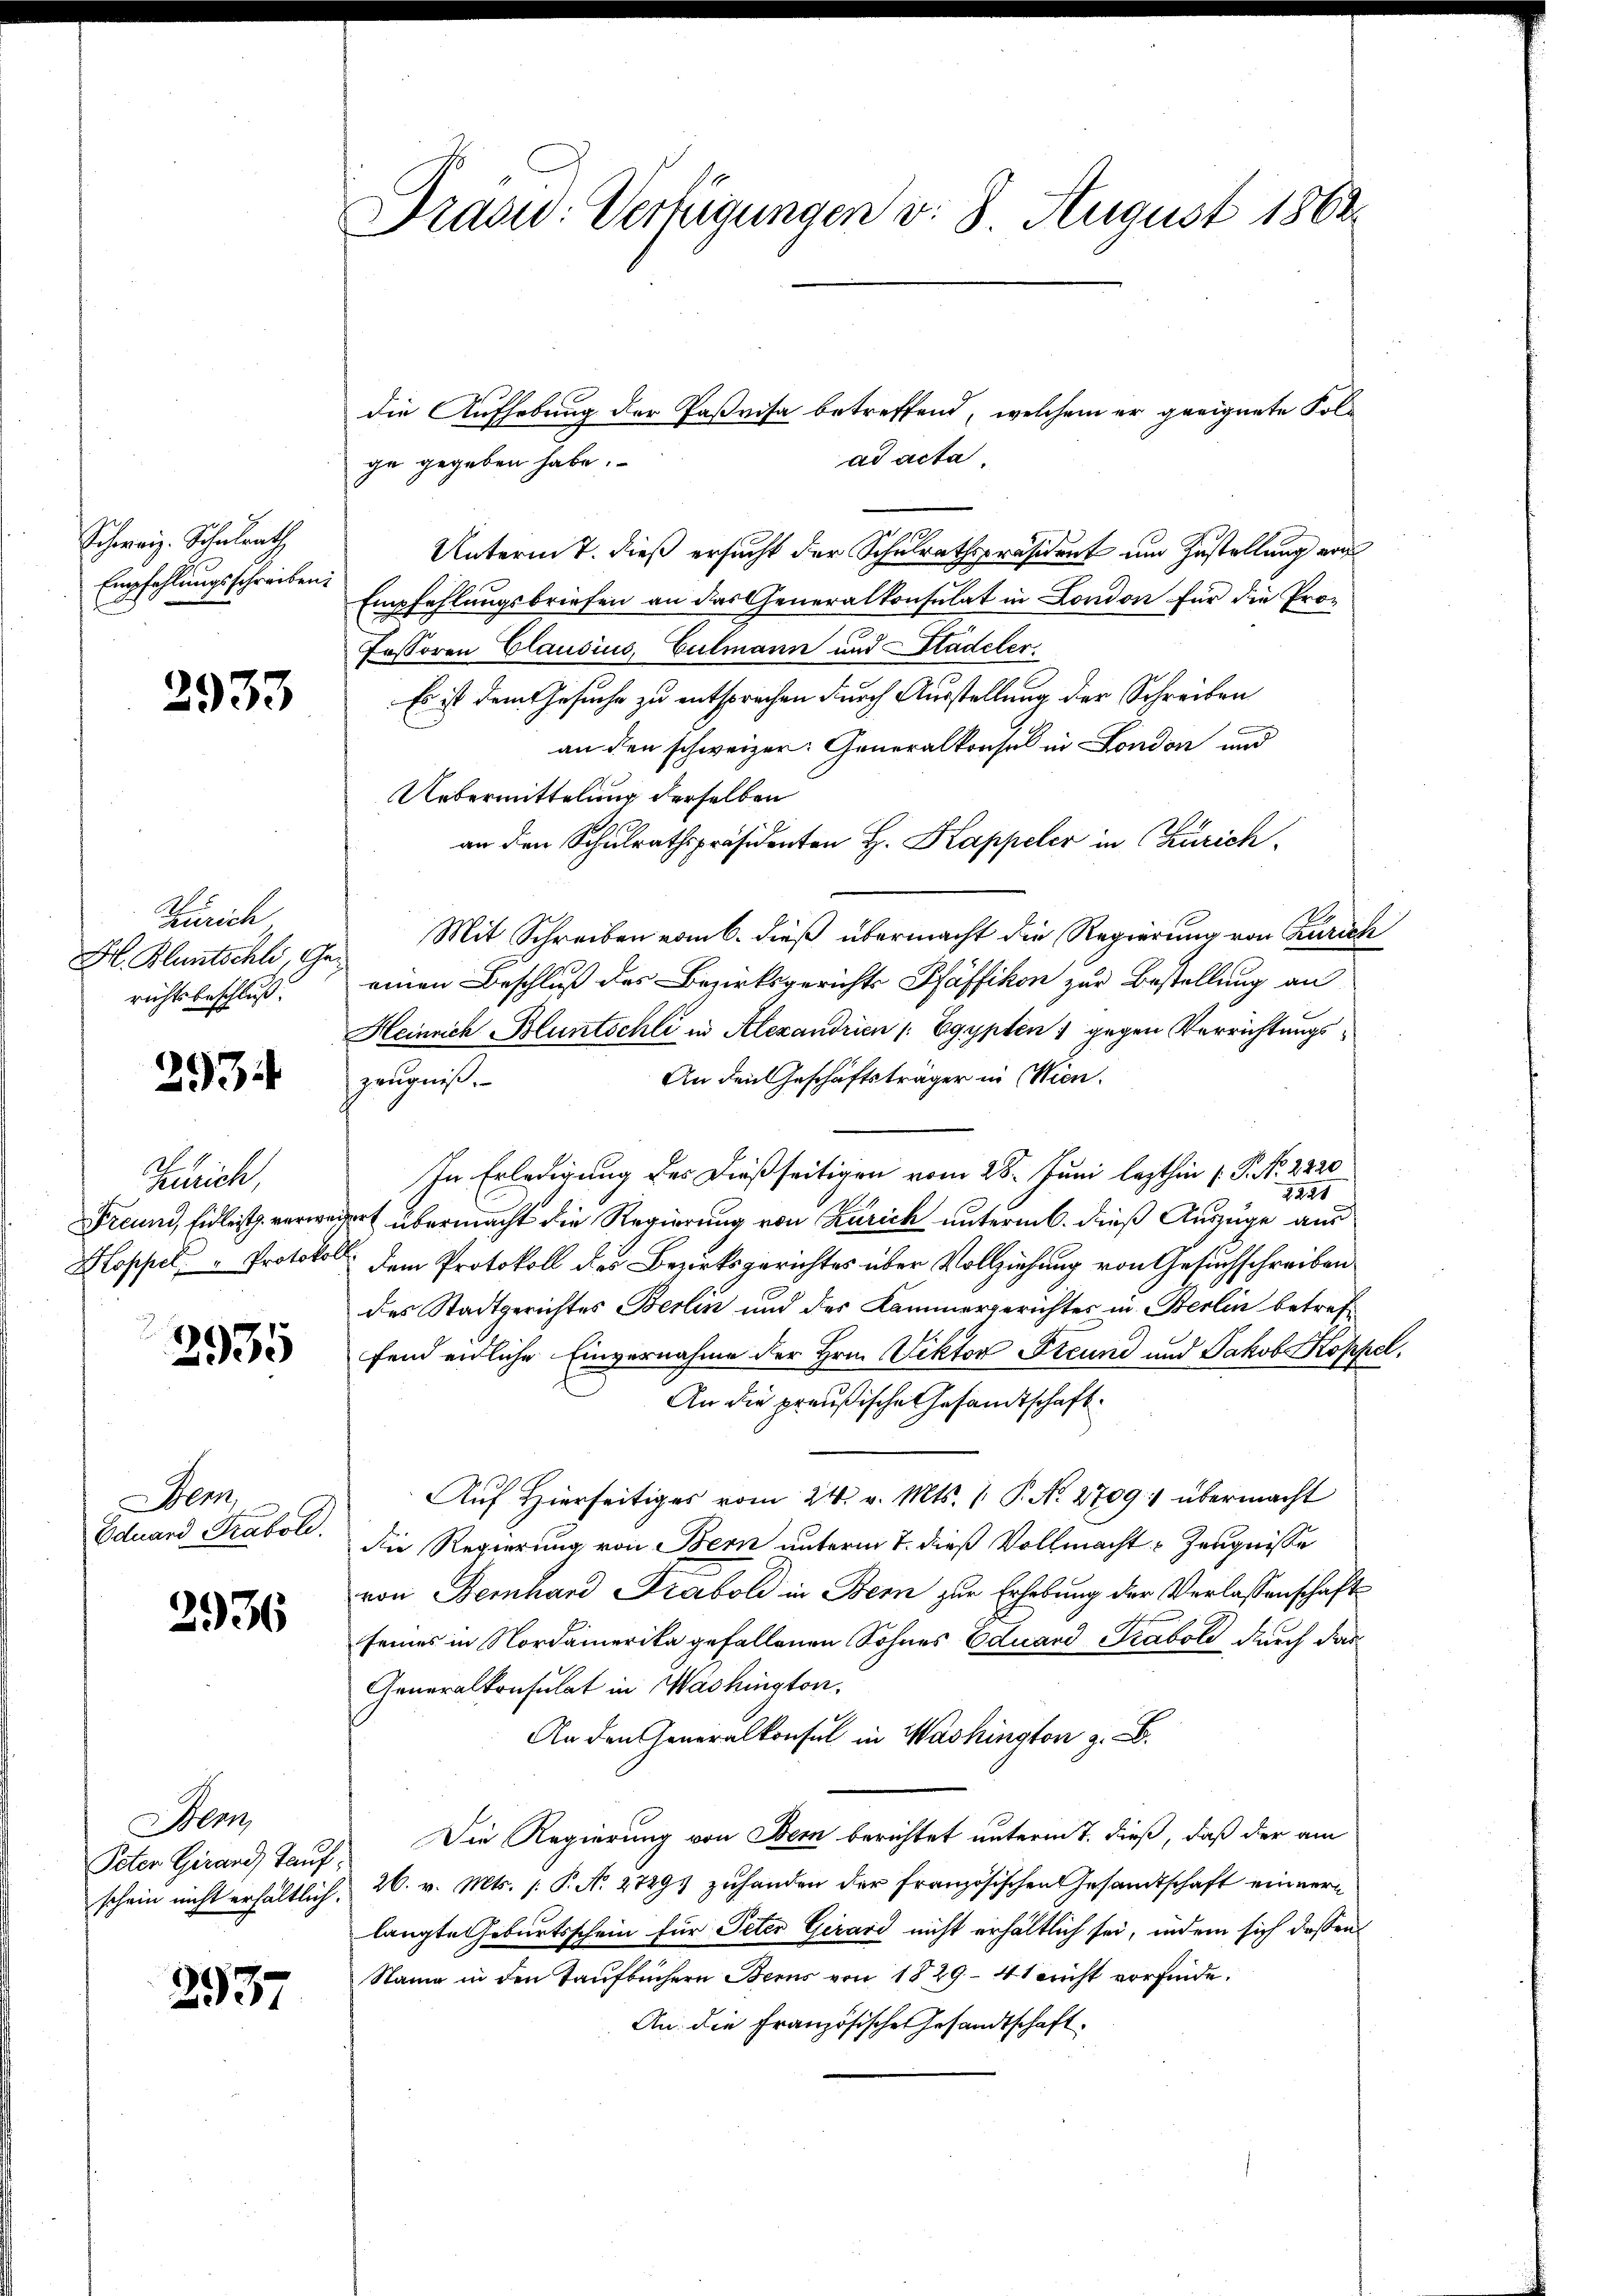
Schweiz. Schulrath
Empfehlungsschreiben:

2933

Zürich
H. Bluntschli Ge
richtsbeschluß:

293

Zürich,
Freund, Eidleist verwe¬
Koppel " Protokol

2935

Ben
Oduard Traboli.

2936

Hern
Peten Girard, Tauf
schein nicht erhältlich.

237

Draad: Verfügungen d. 8 August 1863

die Aufhebung der Paßvisa betreffend, welchem er geeignete Folad acta,
ge gegeben habe.
3f
Unterm 7. dieß ersucht der Schulrathspräsident um Zustellung von
Empfehlungsbriefen an das Generalkonsulat in London für die Pro¬
Fessoren Clausius, Culmann und Stadeler
Es ist dem Gesuche zu entsprechen durch Ausstellung der Schreiben
an den schweizer: Generalkonsul in London und
Uebermittelung derselben
an den Schulrathspräsidenten H. Kappeler in Zürich
Mit Schreiben vom 6. dieß übermacht die Regierung von Zürich
einen Beschluß des Bezirksgerichts Pfäffikon zur Bestellung an
Heinrich Bluntschli in Alexandrien /: Egypten 1 gegen Verrichtungs¬
An den Geschäftsträger in Wien.
zeugniß.
In Erledigung des dießseitigen vom 28. Juni lezthin (: P. No 2220
2221
rt übermacht die Regierung von Zürich unterm 6. dieß Auszuge aus
dem Protokoll der Bezirksgerichtes über Vollziehung von Gesuchschreiben
des Stadtgerichtes Berlin und des Kammergerichtes in Berlin betreffend endliche Einvernahme der Hrn. Viktor Freund und Jakob Koppel,
An die preußische Gesandtschaft
Auf Hierseitiges vom 24. v. Mts. 1. P. N. 2709 übermacht
die Regierung von Bern unterm 7. dieß Vollmacht Zeugnisse
von Bernhard Frabold in Bei zur Erhebung der Verlassenschaft
seines in Nordamerika gefallenen Sohnes Eduard Traboli durch das
Generalkonsulat in Washington,
An den Generalkonsul in Washington z
Die Regierung von Bern berichtet unterm 7. dieß, daß der am
26. v. Mts. 1. P. N. 27291 zuhanden der französischen Gesandtschaft einner
langte Geburtsschein für Peter Girard nicht erhältlich sei, indem sich dassen
Stang in den Taufbüchern Berns von 1829- 41 nicht vorfinde.
An die Französische Gesandtschaft.